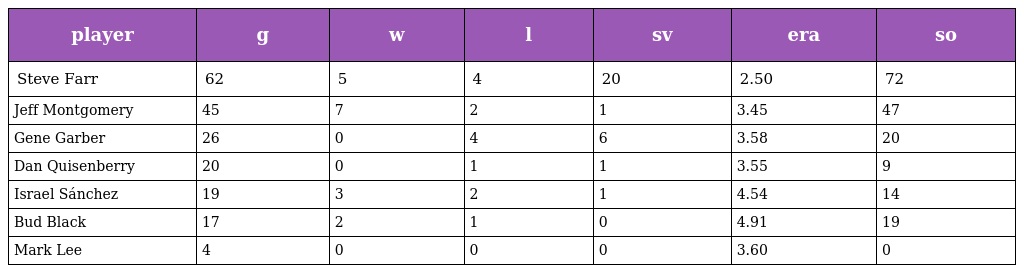
| player | g | w | l | sv | era | so |
 | --- | --- | --- | --- | --- | --- | --- |
 | Steve Farr | 62 | 5 | 4 | 20 | 2.50 | 72 |
 | Jeff Montgomery | 45 | 7 | 2 | 1 | 3.45 | 47 |
 | Gene Garber | 26 | 0 | 4 | 6 | 3.58 | 20 |
 | Dan Quisenberry | 20 | 0 | 1 | 1 | 3.55 | 9 |
 | Israel Sánchez | 19 | 3 | 2 | 1 | 4.54 | 14 |
 | Bud Black | 17 | 2 | 1 | 0 | 4.91 | 19 |
 | Mark Lee | 4 | 0 | 0 | 0 | 3.60 | 0 |